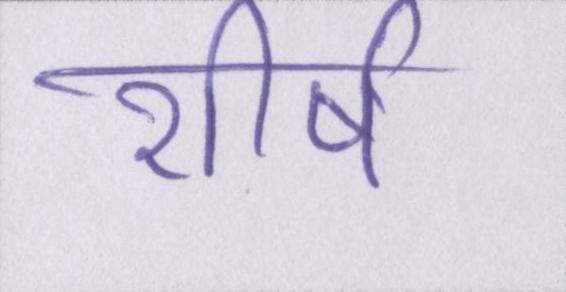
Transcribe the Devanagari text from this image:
शीर्ष